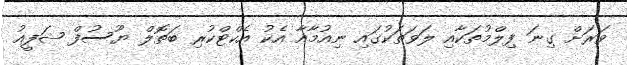
ވަރަށް ގިނަ ފިލްމުތަކާއި ލަވަތަކުގައި ނިއުމާއާ އެކު އެކްޓްކުރި ބަތޮލް ޔޫސުފް ޝަފީއު